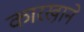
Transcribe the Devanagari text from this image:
कारखा़ने